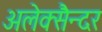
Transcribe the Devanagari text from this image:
अलेक्सैन्दर